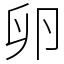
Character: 卵